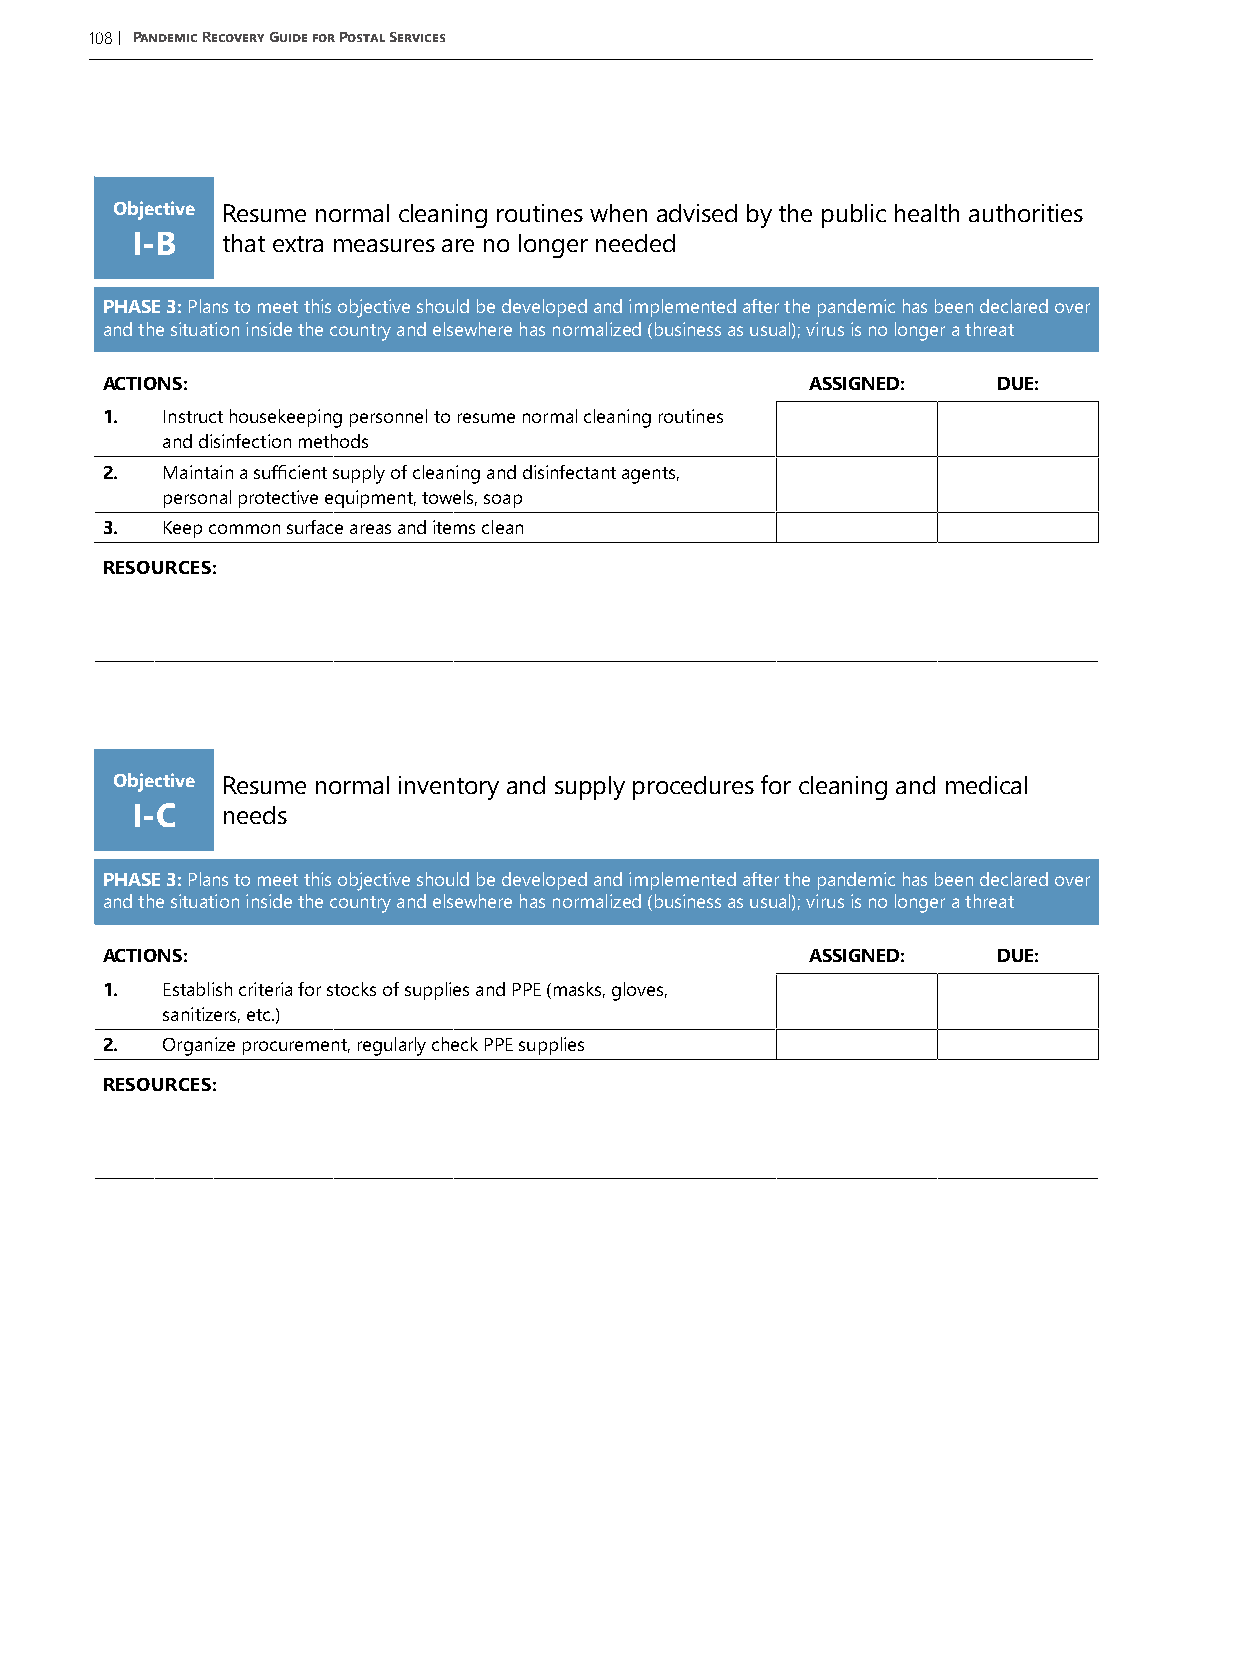
108| Pandemic Recovery Guide for Postal Services
 Objective Resume normal cleaning routines when advised by the public health authorities
 I-B   that extra measures are no longer needed
 PHASE 3: Plans to meet this objective should be developed and implemented after the pandemic has been declared over
 and the situation inside the country and elsewhere has normalized (business as usual); virus is no longer a threat
 ACTIONS:                                       ASSIGNED:   DUE:
 1.  Instruct housekeeping personnel to resume normal cleaning routines
 and disinfection methods
 2.  Maintain a sufficient supply of cleaning and disinfectant agents,
 personal protective equipment, towels, soap
 3.  Keep common surface areas and items clean
 RESOURCES:
 Objective Resume normal inventory and supply procedures for cleaning and medical
 I-C   needs
 PHASE 3: Plans to meet this objective should be developed and implemented after the pandemic has been declared over
 and the situation inside the country and elsewhere has normalized (business as usual); virus is no longer a threat
 ACTIONS:                                       ASSIGNED:   DUE:
 1.  Establish criteria for stocks of supplies and PPE (masks, gloves,
 sanitizers, etc.)
 2.  Organize procurement, regularly check PPE supplies
 RESOURCES: